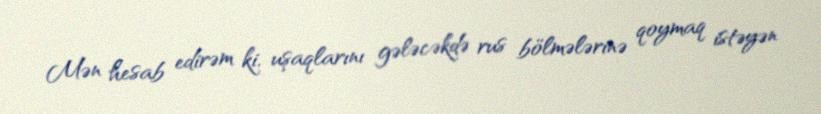
Mən hesab edirəm ki, uşaqlarını gələcəkdə rus bölmələrinə qoymaq istəyən